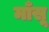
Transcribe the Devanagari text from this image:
माँसू